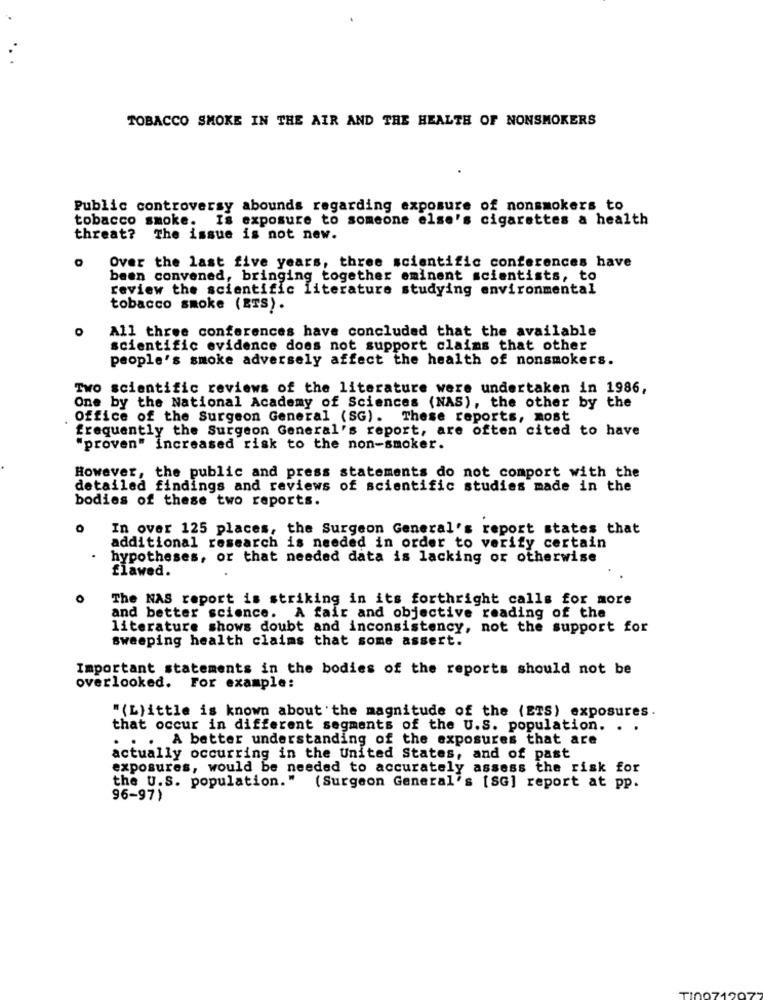
TOBACCO SMOKE IN THE AIR AND THE HEALTH OF NONSMOKERS
Public controversy abounds regarding exposure of nonsmokers to
tobacco smoke.
Is exposure to someone else's cigarettes a health
threat? The issue is not new.
Over the last five years, three scientific conferences have
been convened, bringing together eminent scientists, to
review the scientific literature studying environmental
tobacco smoke (ETS).
All three conferences have concluded that the available
scientific evidence does not support claims that other
people's smoke adversely affect the health of nonsmokers.
Two scientific reviews of the literature were undertaken in 1986,
One by the National Academy of Sciences (NAS), the other by the
Office of the Surgeon General (SG). These reports, most
frequently the Surgeon General's report, are often cited to have
"proven" Increased risk to the non-smoker.
However, the public and press statements do not comport with the
detailed findings and reviews of scientific studies made in the
bodies of these two reports.
0
In over 125 places, the Surgeon General's report states that
additional research is needed in order to verify certain
hypotheses, or that needed data is lacking or otherwise
flawed.
The NAS report is striking in its forthright calls for more
and better science. A fair and objective reading of the
literature shows doubt and inconsistency, not the support for
sweeping health claims that some assert.
Important statements in the bodies of the reports should not be
overlooked. For example:
"(Llittle is known about the magnitude of the (ETS) exposures.
that occur in different segments of the U.S. population. . .
. . . A better understanding of the exposures that are
actually occurring in the United States, and of past
exposures, would be needed to accurately assess the risk for
the U.S. population."
(Surgeon General's [SG] report at pp.
96-97)